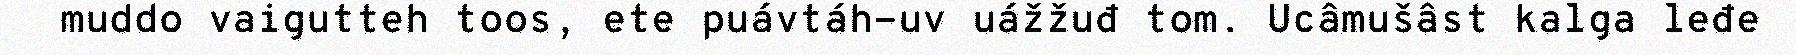
muddo vaigutteh toos, ete puávtáh-uv uážžuđ tom. Ucâmušâst kalga leđe